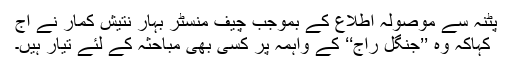
پٹنہ سے موصولہ اطلاع کے بموجب چیف منسٹر بہار نتیش کمار نے آج
کہاکہ وہ ’’جنگل راج‘‘ کے واہمہ پر کسی بھی مباحثہ کے لئے تیار ہیں۔